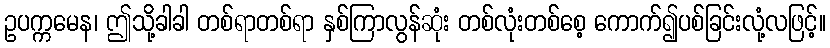
ဥပက္ကမေန၊ ဤသို့ခါခါ တစ်ရာတစ်ရာ နှစ်ကြာလွန်ဆုံး တစ်လုံးတစ်စေ့ ကောက်၍ပစ်ခြင်းလုံ့လဖြင့်။